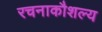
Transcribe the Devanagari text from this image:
रचनाकौशल्य